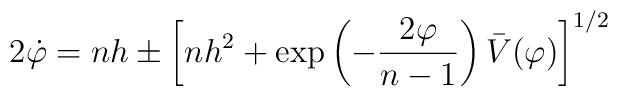
2\dot \varphi =nh\pm \left[ nh^2+\exp \left( -\frac{2\varphi }{n-1}\right)\bar V(\varphi )\right] ^{1/2}